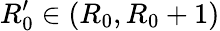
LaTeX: R_{0}^{\prime}\in(R_{0},R_{0}+1)